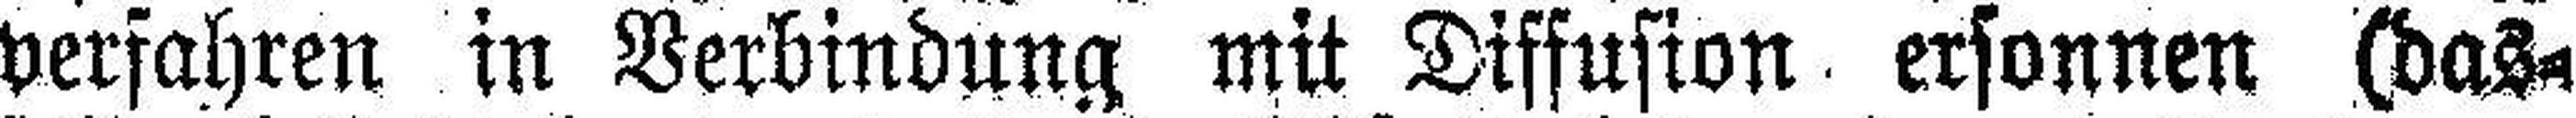
verfahren in Verbindung mit Diffusion ersonnen (das¬